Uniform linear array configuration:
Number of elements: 16
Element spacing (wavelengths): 0.5
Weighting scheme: cosine
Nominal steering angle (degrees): -60
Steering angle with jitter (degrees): -61.793
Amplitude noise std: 0.05
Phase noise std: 0.05

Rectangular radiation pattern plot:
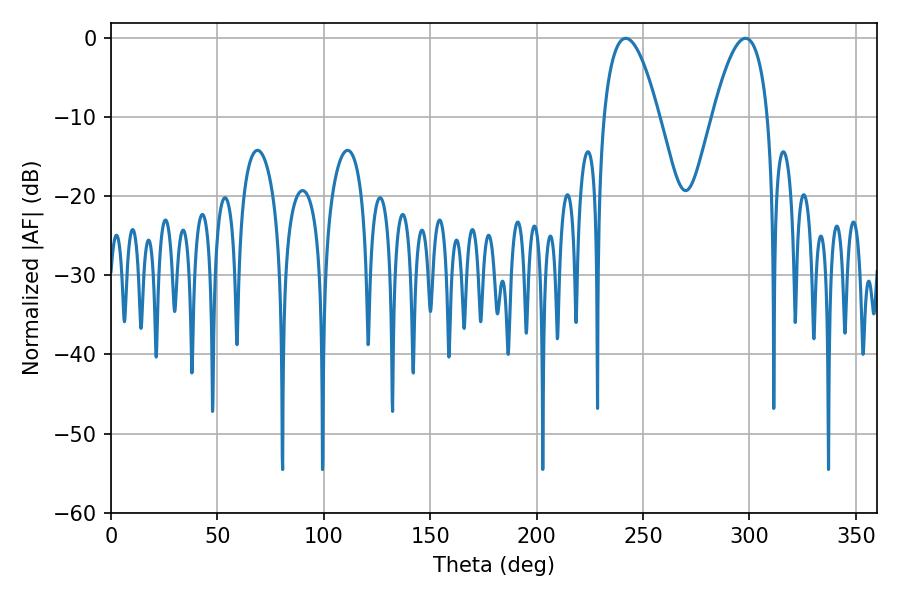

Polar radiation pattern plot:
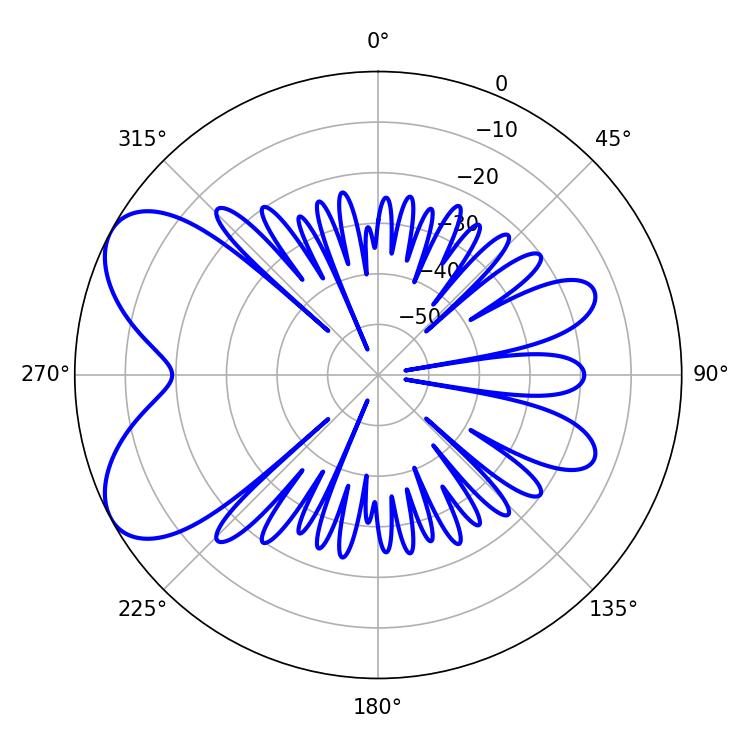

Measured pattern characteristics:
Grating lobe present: FALSE
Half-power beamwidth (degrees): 14.22
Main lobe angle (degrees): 241.92